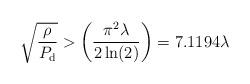
LaTeX: \begin{align*} \sqrt{\frac{\rho}{P_{\rm d}}} &> \left(\frac{\pi^2 \lambda}{2\ln (2) }\right) = 7.1194 \lambda\end{align*}